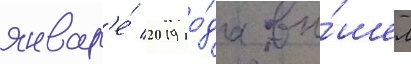
январ'е́ 2019 го́да вы́шел